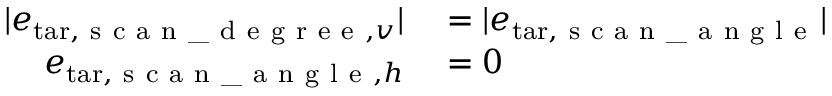
\begin{array} { r l } { | { e } _ { \mathrm { t a r } , \mathrm { ~ s ~ c ~ a ~ n ~ \_ ~ d ~ e ~ g ~ r ~ e ~ e ~ } , v } | } & { { } = | \boldsymbol { e } _ { \mathrm { t a r } , \mathrm { ~ s ~ c ~ a ~ n ~ \_ ~ a ~ n ~ g ~ l ~ e ~ } } | } \\ { { e } _ { \mathrm { t a r } , \mathrm { ~ s ~ c ~ a ~ n ~ \_ ~ a ~ n ~ g ~ l ~ e ~ } , h } } & { { } = 0 } \end{array}